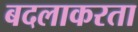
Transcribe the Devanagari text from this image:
बदलाकरता